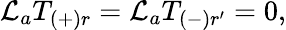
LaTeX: {\cal L}_{a}T_{(+)r}={\cal L}_{a}T_{(-)r^{\prime}}=0,